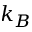
k _ { B }